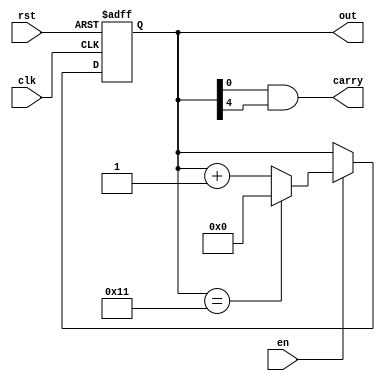
// -----------------------------------------------------------------------------
// Copyright (c) 2014-2020 All rights reserved
// -----------------------------------------------------------------------------
// Author : 
// Create : 2020-04-24 18:15:48
// Revise : 2020-04-24 18:15:48
// Course : EI332 Computer Organization (by Prof. Fang), 2020 Spring, SJTU
// Traget : Pre-Lab 2 (Due Apr 25)
// Descpt : Mod 18 Adder
// 				- ENABLE Control (HIGH Effective)
// 				- RESET (HIGH Effective)
// 				- Init at 0
// 				- Add at Positive Edge
// Note   : For adders, sequential logic is better, thus using non-block
// 				[Reference] https://blog.csdn.net/dongdongnihao_/article/details/79589223
// 			[Reference] Mod X Adders
// 				https://blog.csdn.net/reborn_lee/article/details/81334385
// -----------------------------------------------------------------------------

module mod_18_adder_en(clk, rst, en, out, carry);

	input clk;				// CLOCK Signal
	input rst;				// RESET Signal
	input en;				// ENABLE Signal
	
	output [4:0] out;       // Mod 18 Adder => 18 status => 5 bits (max 2^5 = 32)
	output carry;			// Carry Bit (i.e. 0 -> 1 when 17 -> 0)

	reg [4:0] out;			// Register "Variable"


	always @(posedge clk or posedge rst) begin
		if (rst) begin						// reset
			out = 5'b00000;
		end

		else if (en) begin 					// CLK enabled
			if (out == 5'b10001) begin 		// 17 => 0
				out <= 5'b00000;            // non-block
			end
			
			else begin 						// otherwise
				out <= out + 1; 
			end
		end

		else begin 							// CLK not enabled
			out <= out;
		end
	end


	assign carry = out[0] & out[4];         // Carry Bit = 1 iff out = 17(5'b10001)

	
endmodule